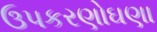
ઉપકરણોઘણા